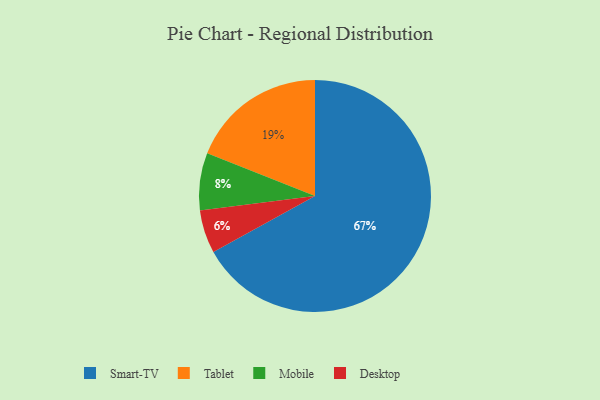
{"axis": {"x": "Category", "y": "Percentage"}, "legend": ["Desktop", "Mobile", "Smart-TV", "Tablet"], "data": [{"x": "Tablet", "y": 19, "type": "Tablet"}, {"x": "Smart-TV", "y": 67, "type": "Smart-TV"}, {"x": "Mobile", "y": 8, "type": "Mobile"}, {"x": "Desktop", "y": 6, "type": "Desktop"}]}